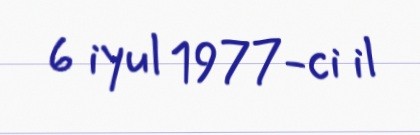
6 iyul 1977-ci il